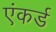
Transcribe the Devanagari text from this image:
एंकर्ड